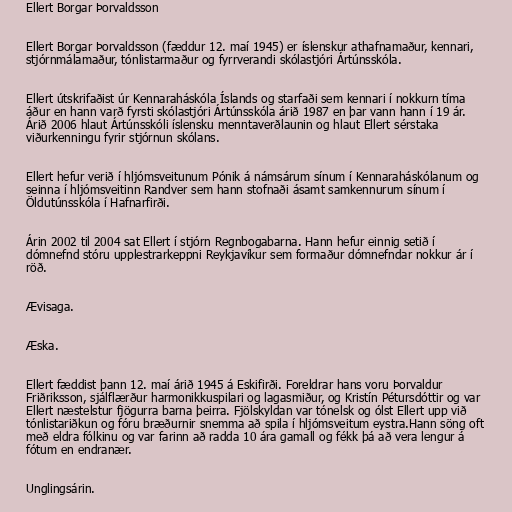
Ellert Borgar Þorvaldsson

Ellert Borgar Þorvaldsson (fæddur 12. maí 1945) er íslenskur athafnamaður, kennari,
stjórnmálamaður, tónlistarmaður og fyrrverandi skólastjóri Ártúnsskóla.

Ellert útskrifaðist úr Kennaraháskóla Íslands og starfaði sem kennari í nokkurn tíma
áður en hann varð fyrsti skólastjóri Ártúnsskóla árið 1987 en þar vann hann í 19 ár.
Árið 2006 hlaut Ártúnsskóli íslensku menntaverðlaunin og hlaut Ellert sérstaka
viðurkenningu fyrir stjórnun skólans.

Ellert hefur verið í hljómsveitunum Pónik á námsárum sínum í Kennaraháskólanum og
seinna í hljómsveitinn Randver sem hann stofnaði ásamt samkennurum sínum í
Öldutúnsskóla í Hafnarfirði.

Árin 2002 til 2004 sat Ellert í stjórn Regnbogabarna. Hann hefur einnig setið í
dómnefnd stóru upplestrarkeppni Reykjavíkur sem formaður dómnefndar nokkur ár í
röð.

Ævisaga.

Æska.

Ellert fæddist þann 12. maí árið 1945 á Eskifirði. Foreldrar hans voru Þorvaldur
Friðriksson, sjálflærður harmonikkuspilari og lagasmiður, og Kristín Pétursdóttir og var
Ellert næstelstur fjögurra barna þeirra. Fjölskyldan var tónelsk og ólst Ellert upp við
tónlistariðkun og fóru bræðurnir snemma að spila í hljómsveitum eystra.Hann söng oft
með eldra fólkinu og var farinn að radda 10 ára gamall og fékk þá að vera lengur á
fótum en endranær.

Unglingsárin.